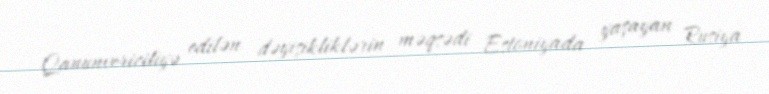
Qanunvericiliyə edilən dəyişikliklərin məqsədi Estoniyada yaşayan Rusiya